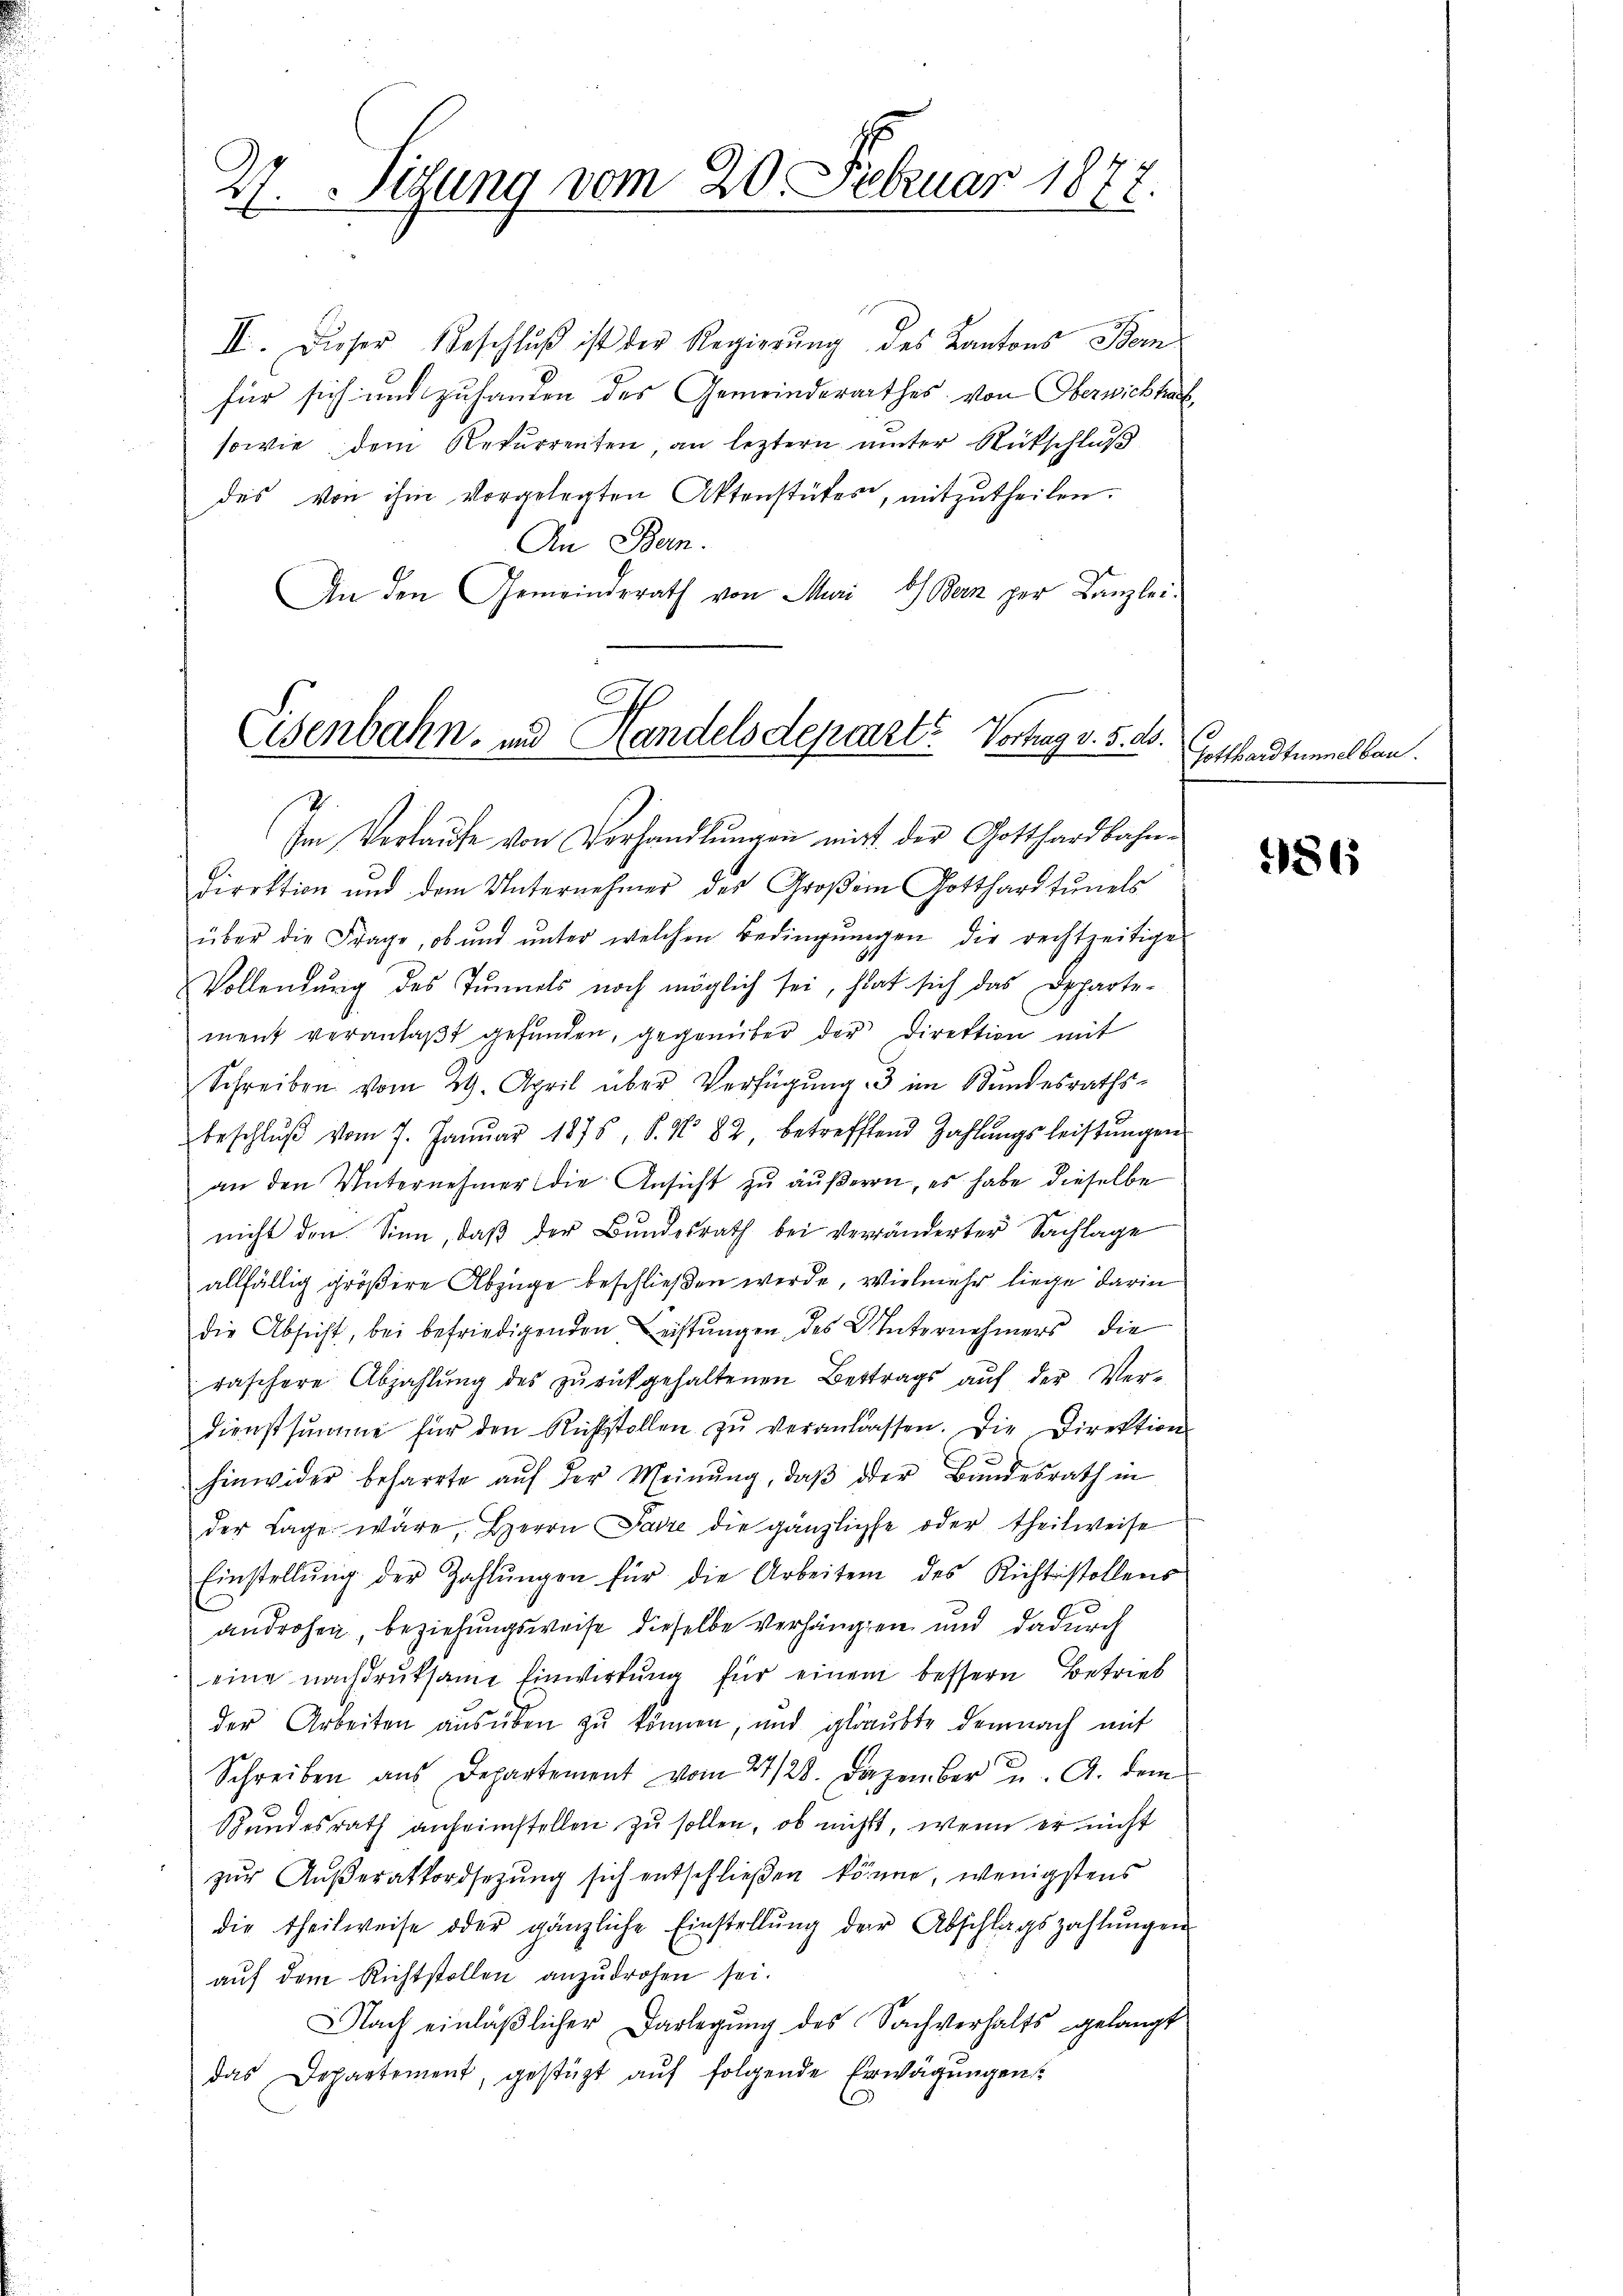
27. Sitzung vom 20. Februar 1877.
e

II. Dieser Beschluß ist der Regierung des Kantons Bern
für sich und zuhanden des Gemeinderathes von Oberwichtra
sowie dem Rekurrenten, an leztern unter Rutschluß
des von ihm vorgelegten Aktenstükes, mitzutheilen.
An Bern.
An den Gemeinderath von Muri, b) Ban per Kanzlei¬

Eisenbahn- und Handelsdepart? Vortrag v. 5. ds.

In Verlaufe von Verhandlungen mit der Gotthardbahndirektion und dem Unternehmer des Großem Gotthardtunels
über die Frage, ob und ŭnter welchen Bedingŭngen die rechtzeitige
Vollendung des Tunnels noch möglich sei, hat sich das Apparte-
ment veranlaßt gefunden, gegenüber der Direktion mit
Schreiben vom 29. April über Verfügŭng 3 im Bundesraths-
beschlŭβ vom 7. Janŭar 1875, S. No 82, betreffend Zahlŭngsleistŭngen
an den Unternehmer die Ansicht zu äußeren, es habe dieselbe
nicht den Sinn, daß der Bundesrath bei veränderter Sachlage
allfällig größere Abzüge beschließen werde, vielmehr liege darin
die Absicht, bei befriedigenden Leistŭngen des Unternehmers die
raschere Abzahlŭng des zŭrückgehaltenen Bettrags aŭf der Ver-
dienstsŭmme für den Richtstollen zŭ veranlassen. Die Direktion
hinwider beharrte aŭf der Meinŭng, daβ der Bŭndesrath in
der Lage wäre, Herrn Parze die gänzliche oder theilweise
Einstellŭng der Zahlŭngen für die Arbeiten des Richtstollens
androhen beziehungsweise dieselbe verhängen und dadurch
eine nachdruksame Einwirkung für einem bessern Betrieb
der Arbeiten ausüben zu können, und glaubte demnach mit
Schreiben aus Departement vom 27/28. Dezember u. A. dem
Hundesrath anheimstellen zu sollen, ob nichts, wenn er nicht
zur Außeratfordsezung sich entschließen können, wenigstens
die theilweise oder gänzliche Einstellŭng der Abschlagszahlŭngen
auf dem Richtstollen anzudrohen sei.
Nach einläßlicher Darlegung des Sachverhalts gelangt
das Departement, gestüzt auf folgende Erwägungen

Gotthardtunnel bau.

486